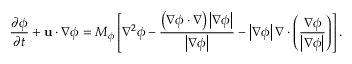
\frac { { \partial \phi } } { { \partial t } } + { \bf { u } } \cdot \nabla \phi = { M _ { \phi } } \left[ { { \nabla ^ { 2 } } \phi - \frac { { \left( { \nabla \phi \cdot \nabla } \right) \left| { \nabla \phi } \right| } } { { \left| { \nabla \phi } \right| } } - \left| { \nabla \phi } \right| \nabla \cdot \left( { \frac { { \nabla \phi } } { { \left| { \nabla \phi } \right| } } } \right) } \right] .